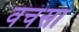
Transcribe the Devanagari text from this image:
वचंसा